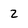
Character: 2